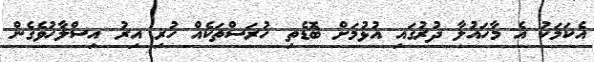
އެކަމަކު އެ މާހައުލާ ދުރުގައި އުޅުމަށް ބޮޑެތި ހުރަސްތަކެއް ހުރި އިރު އިސްލާހުވެގެން